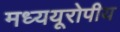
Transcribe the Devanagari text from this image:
मध्ययूरोपीय